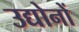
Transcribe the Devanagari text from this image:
उद्योनों